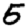
Digit: 5